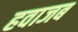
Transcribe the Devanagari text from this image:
हवाजब